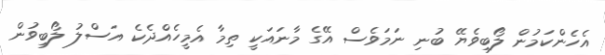
އެހެންކަމުން ލޯބިވެޔޭ ބުނި ނަމަވެސް އޭގެ މާނައަކީ ތިމާ އެމީހެއްދެކެ އަސްލު ލޯބިވުން